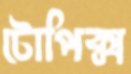
টোপিক্স